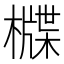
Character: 𣛻